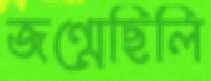
জন্মেছিলি